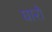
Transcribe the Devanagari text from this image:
घारो